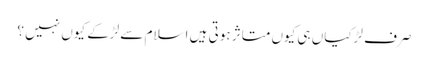
صرف لڑکیاں ہی کیوں متاثر ہوتی ہیں اسلام سے لڑکے کیوں نہیں ؟